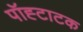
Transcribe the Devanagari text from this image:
पॉह्टाटक